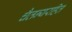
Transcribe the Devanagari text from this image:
चैतन्यरहित